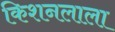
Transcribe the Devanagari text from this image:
किशनलाला